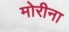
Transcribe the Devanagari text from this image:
मोरीना